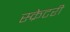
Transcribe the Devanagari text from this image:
स्क्रेटरी